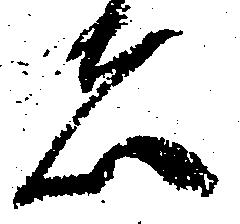
者